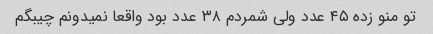
تو منو زده ۴۵ عدد ولی شمردم ۳۸ عدد بود واقعا نمیدونم چیبگم